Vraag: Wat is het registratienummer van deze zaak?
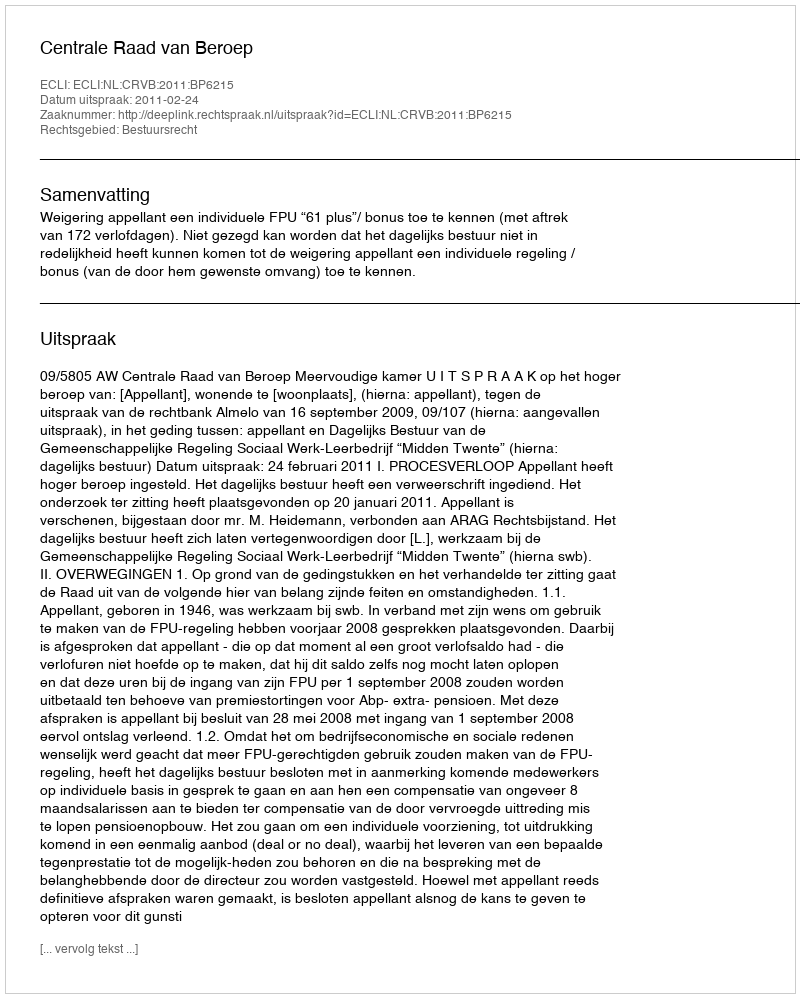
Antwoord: http://deeplink.rechtspraak.nl/uitspraak?id=ECLI:NL:CRVB:2011:BP6215